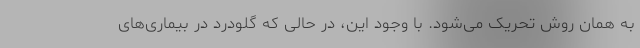
به همان روش تحریک می‌شود. با وجود این، در حالی که گلودرد در بیماری‌های